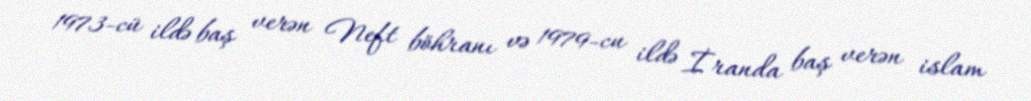
1973-cü ildə baş verən Neft böhranı və 1979-cu ildə İranda baş verən islam